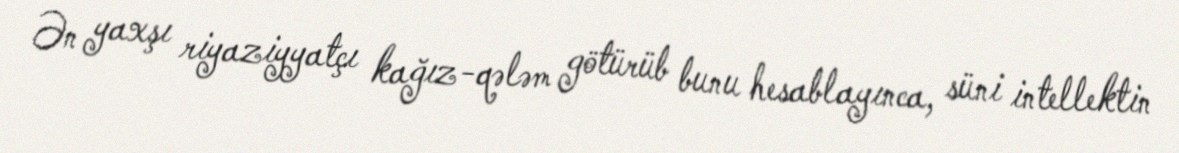
Ən yaxşı riyaziyyatçı kağız-qələm götürüb bunu hesablayınca, süni intellektin